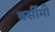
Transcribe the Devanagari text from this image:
बर्सीमी